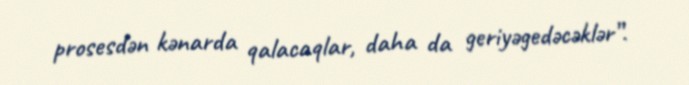
prosesdən kənarda qalacaqlar, daha da geriyəgedəcəklər”.